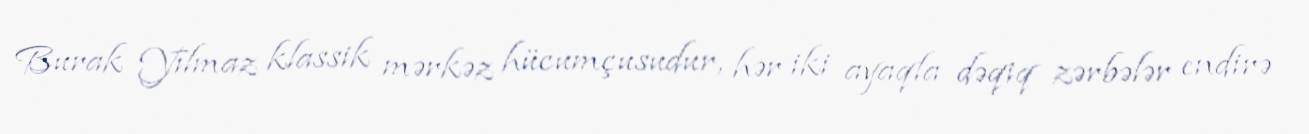
Burak Yılmaz klassik mərkəz hücumçusudur, hər iki ayaqla dəqiq zərbələr endirə